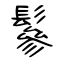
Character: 鬖